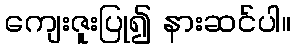
ကျေးဇူးပြု၍ နားဆင်ပါ။